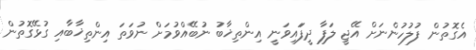
އެގޮތުން ފުލުހުންނަށް އޭޖީ ލަފާ ދީފަައިވަނީ އިންތިޚާބު ނުބޭއްވުމަށް ނުވަތަ އިންތިޚާބާއި ގުޅޭގޮތުން